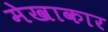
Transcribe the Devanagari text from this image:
मेखाकार